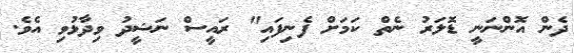
ދެން އޮންނަނީ ޑޮލަރު ނެތް ކަމަށް ފެނިފައި" ރައީސް ނަޝީދު ވިދާޅުވި އެވެ.